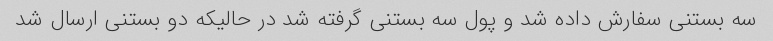
سه بستنی سفارش داده شد و پول سه بستنی گرفته شد در حالیکه دو بستنی ارسال شد